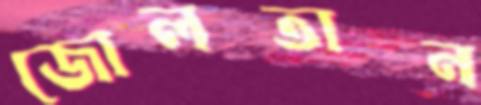
জোলতান